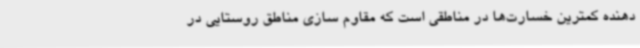
دهنده کمترین خسارت‌ها در مناطقی است که مقاوم سازی مناطق روستایی در